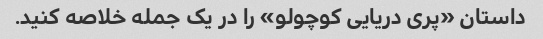
داستان «پری دریایی کوچولو» را در یک جمله خلاصه کنید.